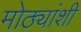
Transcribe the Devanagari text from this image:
मोठ्यांशी